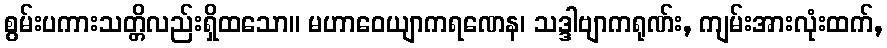
စွမ်းပကားသတ္တိလည်းရှိထသော။ မဟာဝေယျာကရဏေန၊ သဒ္ဒါဗျာကရုဏ်း, ကျမ်းအားလုံးထက်,